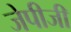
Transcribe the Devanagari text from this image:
जेपीजी